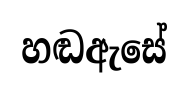
හඬඇසේ